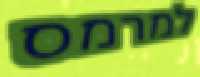
למרמס